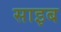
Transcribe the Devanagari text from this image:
साइब